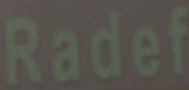
Radef